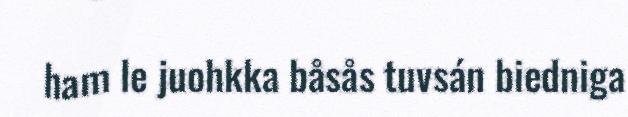
ham le juohkka båsås tuvsán biedniga